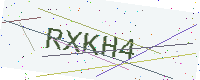
Text: RXKH4